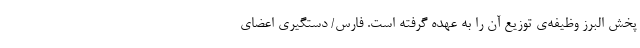
پخش البرز وظیفه‌ی توزیع آن را به عهده گرفته است. فارس/ دستگیری اعضای